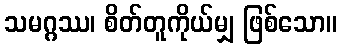
သမဂ္ဂဿ၊ စိတ်တူကိုယ်မျှ ဖြစ်သော။